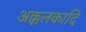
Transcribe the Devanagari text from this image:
अक्कलकादि